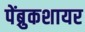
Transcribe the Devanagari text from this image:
पेंब्रुकशायर